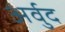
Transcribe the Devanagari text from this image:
अर्वुद